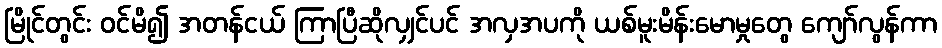
မြိုင်တွင်း ဝင်မိ၍ အတန်ငယ် ကြာပြီဆိုလျှင်ပင် အလှအပကို ယစ်မူးမိန်းမောမှုတွေ ကျော်လွန်ကာ